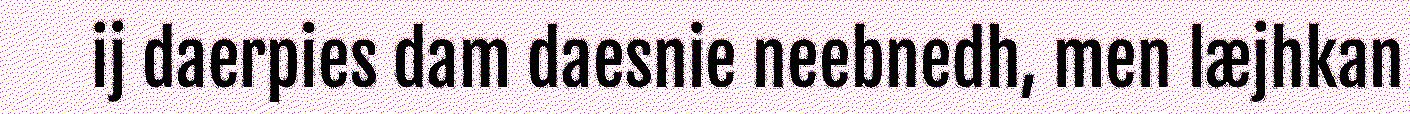
ij daerpies dam daesnie neebnedh, men læjhkan